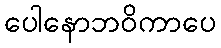
ပေါနောဘဝိကာပေ